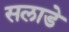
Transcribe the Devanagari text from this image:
सलाडे